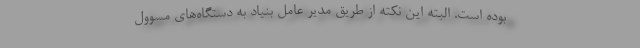
بوده است. البته این نکته از طریق مدیر عامل بنیاد به دستگاه‌های مسوول